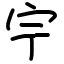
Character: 𡧃